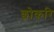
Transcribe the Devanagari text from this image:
छोकरि